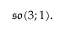
{ \mathfrak { s o } } ( 3 ; 1 ) .